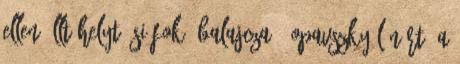
ellen állt helyt. SIÓFOK: Balajcza – Opavszky Lénárt, a